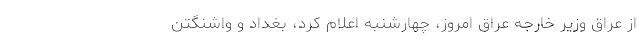
از عراق وزیر خارجه عراق امروز، چهارشنبه اعلام کرد، بغداد و واشنگتن